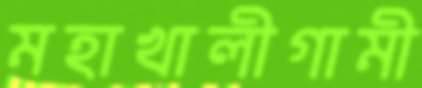
মহাখালীগামী